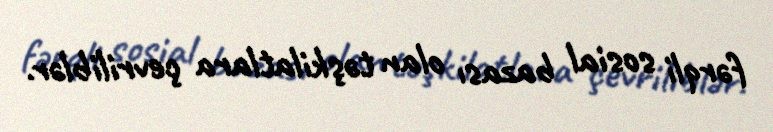
fərqli sosial bazası olan təşkilatlara çevriliblər.